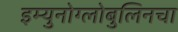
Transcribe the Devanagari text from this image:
इम्युनोग्लोबुलिनचा